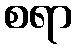
စရာ